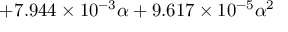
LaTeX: + 7 . 9 4 4 \times 1 0 ^ { - 3 } \alpha + 9 . 6 1 7 \times 1 0 ^ { - 5 } \alpha ^ { 2 }